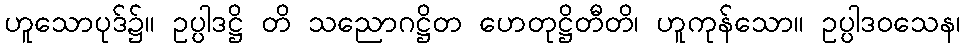
ဟူသောပုဒ်၌။ ဥပ္ပါဒဋ္ဌိ တိ သညောဂဋ္ဌိတ ဟေတုဋ္ဌိတီတိ၊ ဟူကုန်သော။ ဥပ္ပါဒဝသေန၊